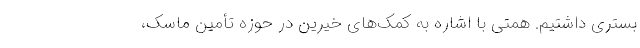
بستری داشتیم. همتی با اشاره به کمک‌های خیرین در حوزه تأمین ماسک،